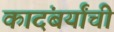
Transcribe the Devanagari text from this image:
कादंबर्यांची